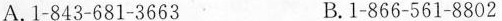
A.1-843-681-3663 B.1-866-561-8802